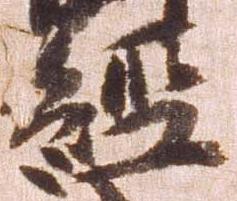
経